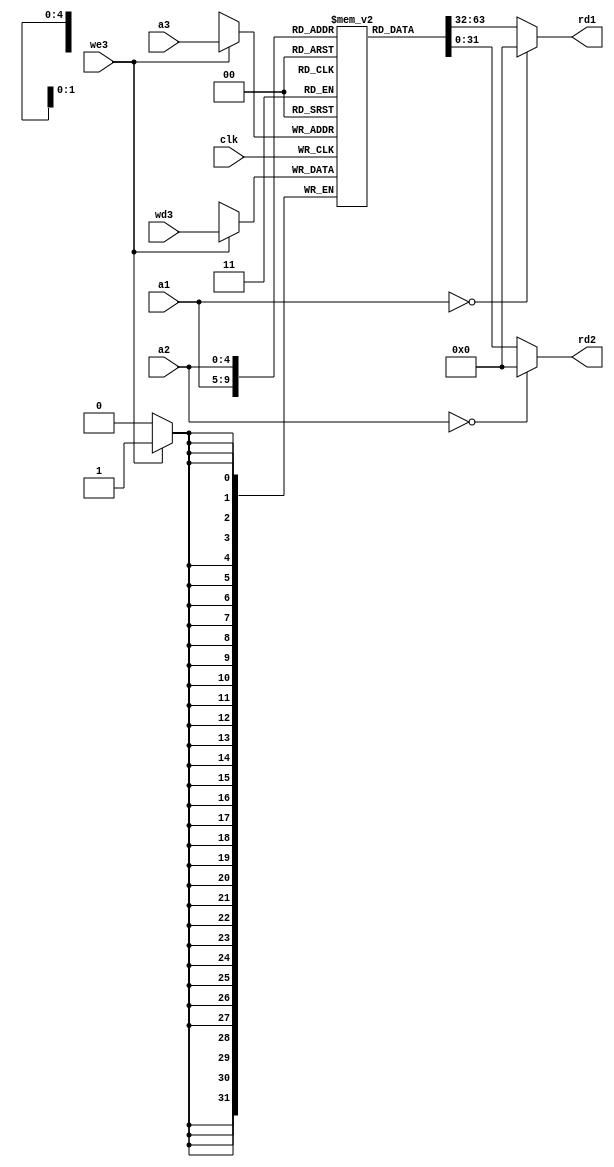
`timescale 1ns / 1ps

module regfile(
    input wire [4:0] a1,a2,a3,
    input wire clk,we3,
    input wire [31:0] wd3,
    output wire [31:0] rd1,rd2
    );

    reg [31:0] rf[31:0];

    always @(posedge clk) begin
        if(we3)begin
            rf[a3] <= wd3;
        end
    end

    assign rd1 = (a1 == 5'd0) ? 32'd0 : rf[a1];
    assign rd2 = (a2 == 5'd0) ? 32'd0 : rf[a2];

endmodule